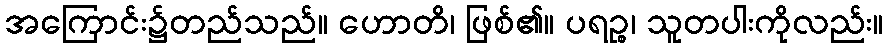
အကြောင်း၌တည်သည်။ ဟောတိ၊ ဖြစ်၏။ ပရဉ္စ၊ သူတပါးကိုလည်း။